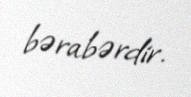
bərabərdir.